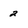
Character: 2